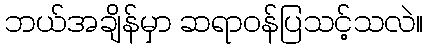
ဘယ်အချိန်မှာ ဆရာဝန်ပြသင့်သလဲ။